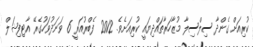
ކުރިއަށް ގެންދާ ސިލްސިލާ މުޒާހަރާތައްދިޔައީ ކުރިއަށެވެ. 2012 ފެބްރުއަރީ 6 ވަނަދުވަހުގެރޭ އާޓިފިޝަލް